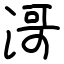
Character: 滒